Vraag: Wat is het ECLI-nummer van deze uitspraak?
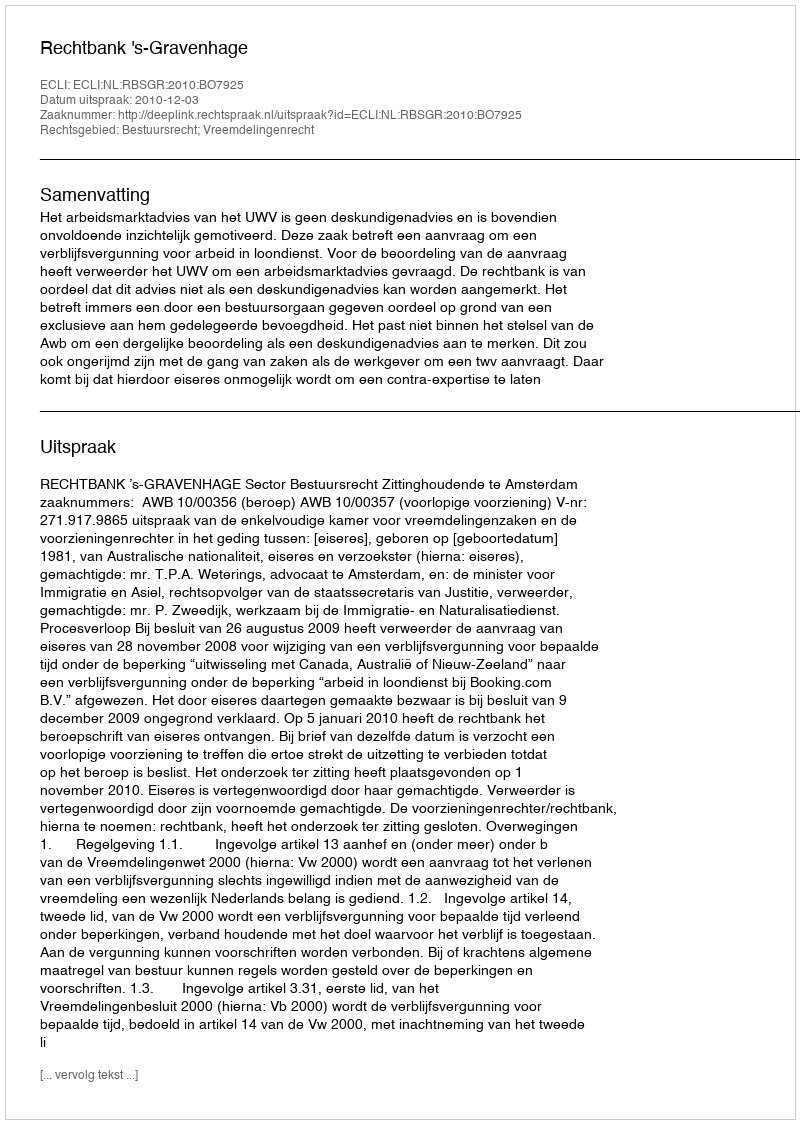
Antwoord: ECLI:NL:RBSGR:2010:BO7925